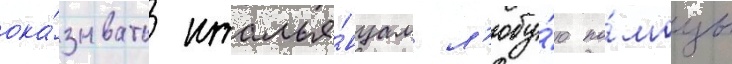
ока́зывать италья́нцам л'юбу́ю по́мощь